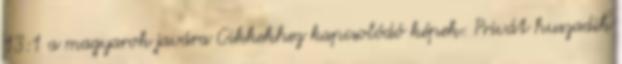
13:1 a magyarok javára Cikkekhez kapcsolódó képek: Privát huszadik